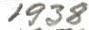
1938